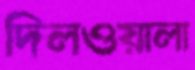
দিলওয়ালা